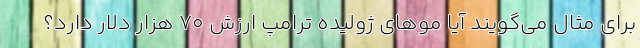
برای مثال می‌گویند آیا موهای ژولیده ترامپ ارزش 70 هزار دلار دارد؟